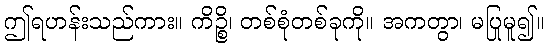
ဤရဟန်းသည်ကား။ ကိဉ္စိ၊ တစ်စုံတစ်ခုကို။ အကတွာ၊ မပြုမူ၍။